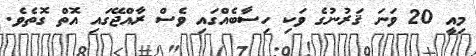
މިއީ 20 ވަނަ ޤަރުނުގެ ވަކި ހިސާބެއްގައި ވެސް ރާއްޖޭގައި އޮތް ގޮތެވެ.